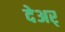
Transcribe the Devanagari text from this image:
देअर्